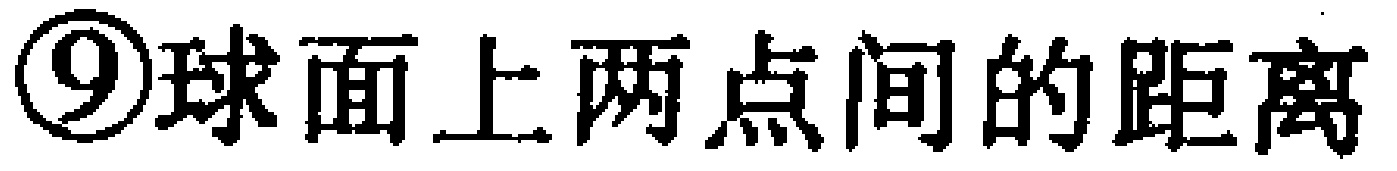
\textcircled{9}球面上两点间的距离